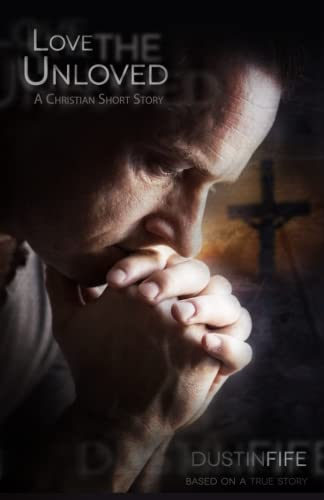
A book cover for Love the Unloved: A Christian Short Story; Dustin Fife; Christian Books & Bibles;